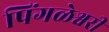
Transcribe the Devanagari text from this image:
पिंगळेश्वरी